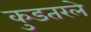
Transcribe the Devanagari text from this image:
कुडतरले